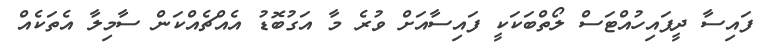
ފައިސާ ދީފައިހުއްޓަސް ލޯތްބަކަކީ ފައިސާއަށް ވުރެ މާ އަގުބޮޑު އެއްޗެއްކަން ސާމިލާ އެތަކެއް